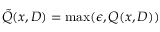
\tilde { Q } ( x , D ) = \operatorname* { m a x } ( \epsilon , Q ( x , D ) )